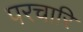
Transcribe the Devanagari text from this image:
परचारि